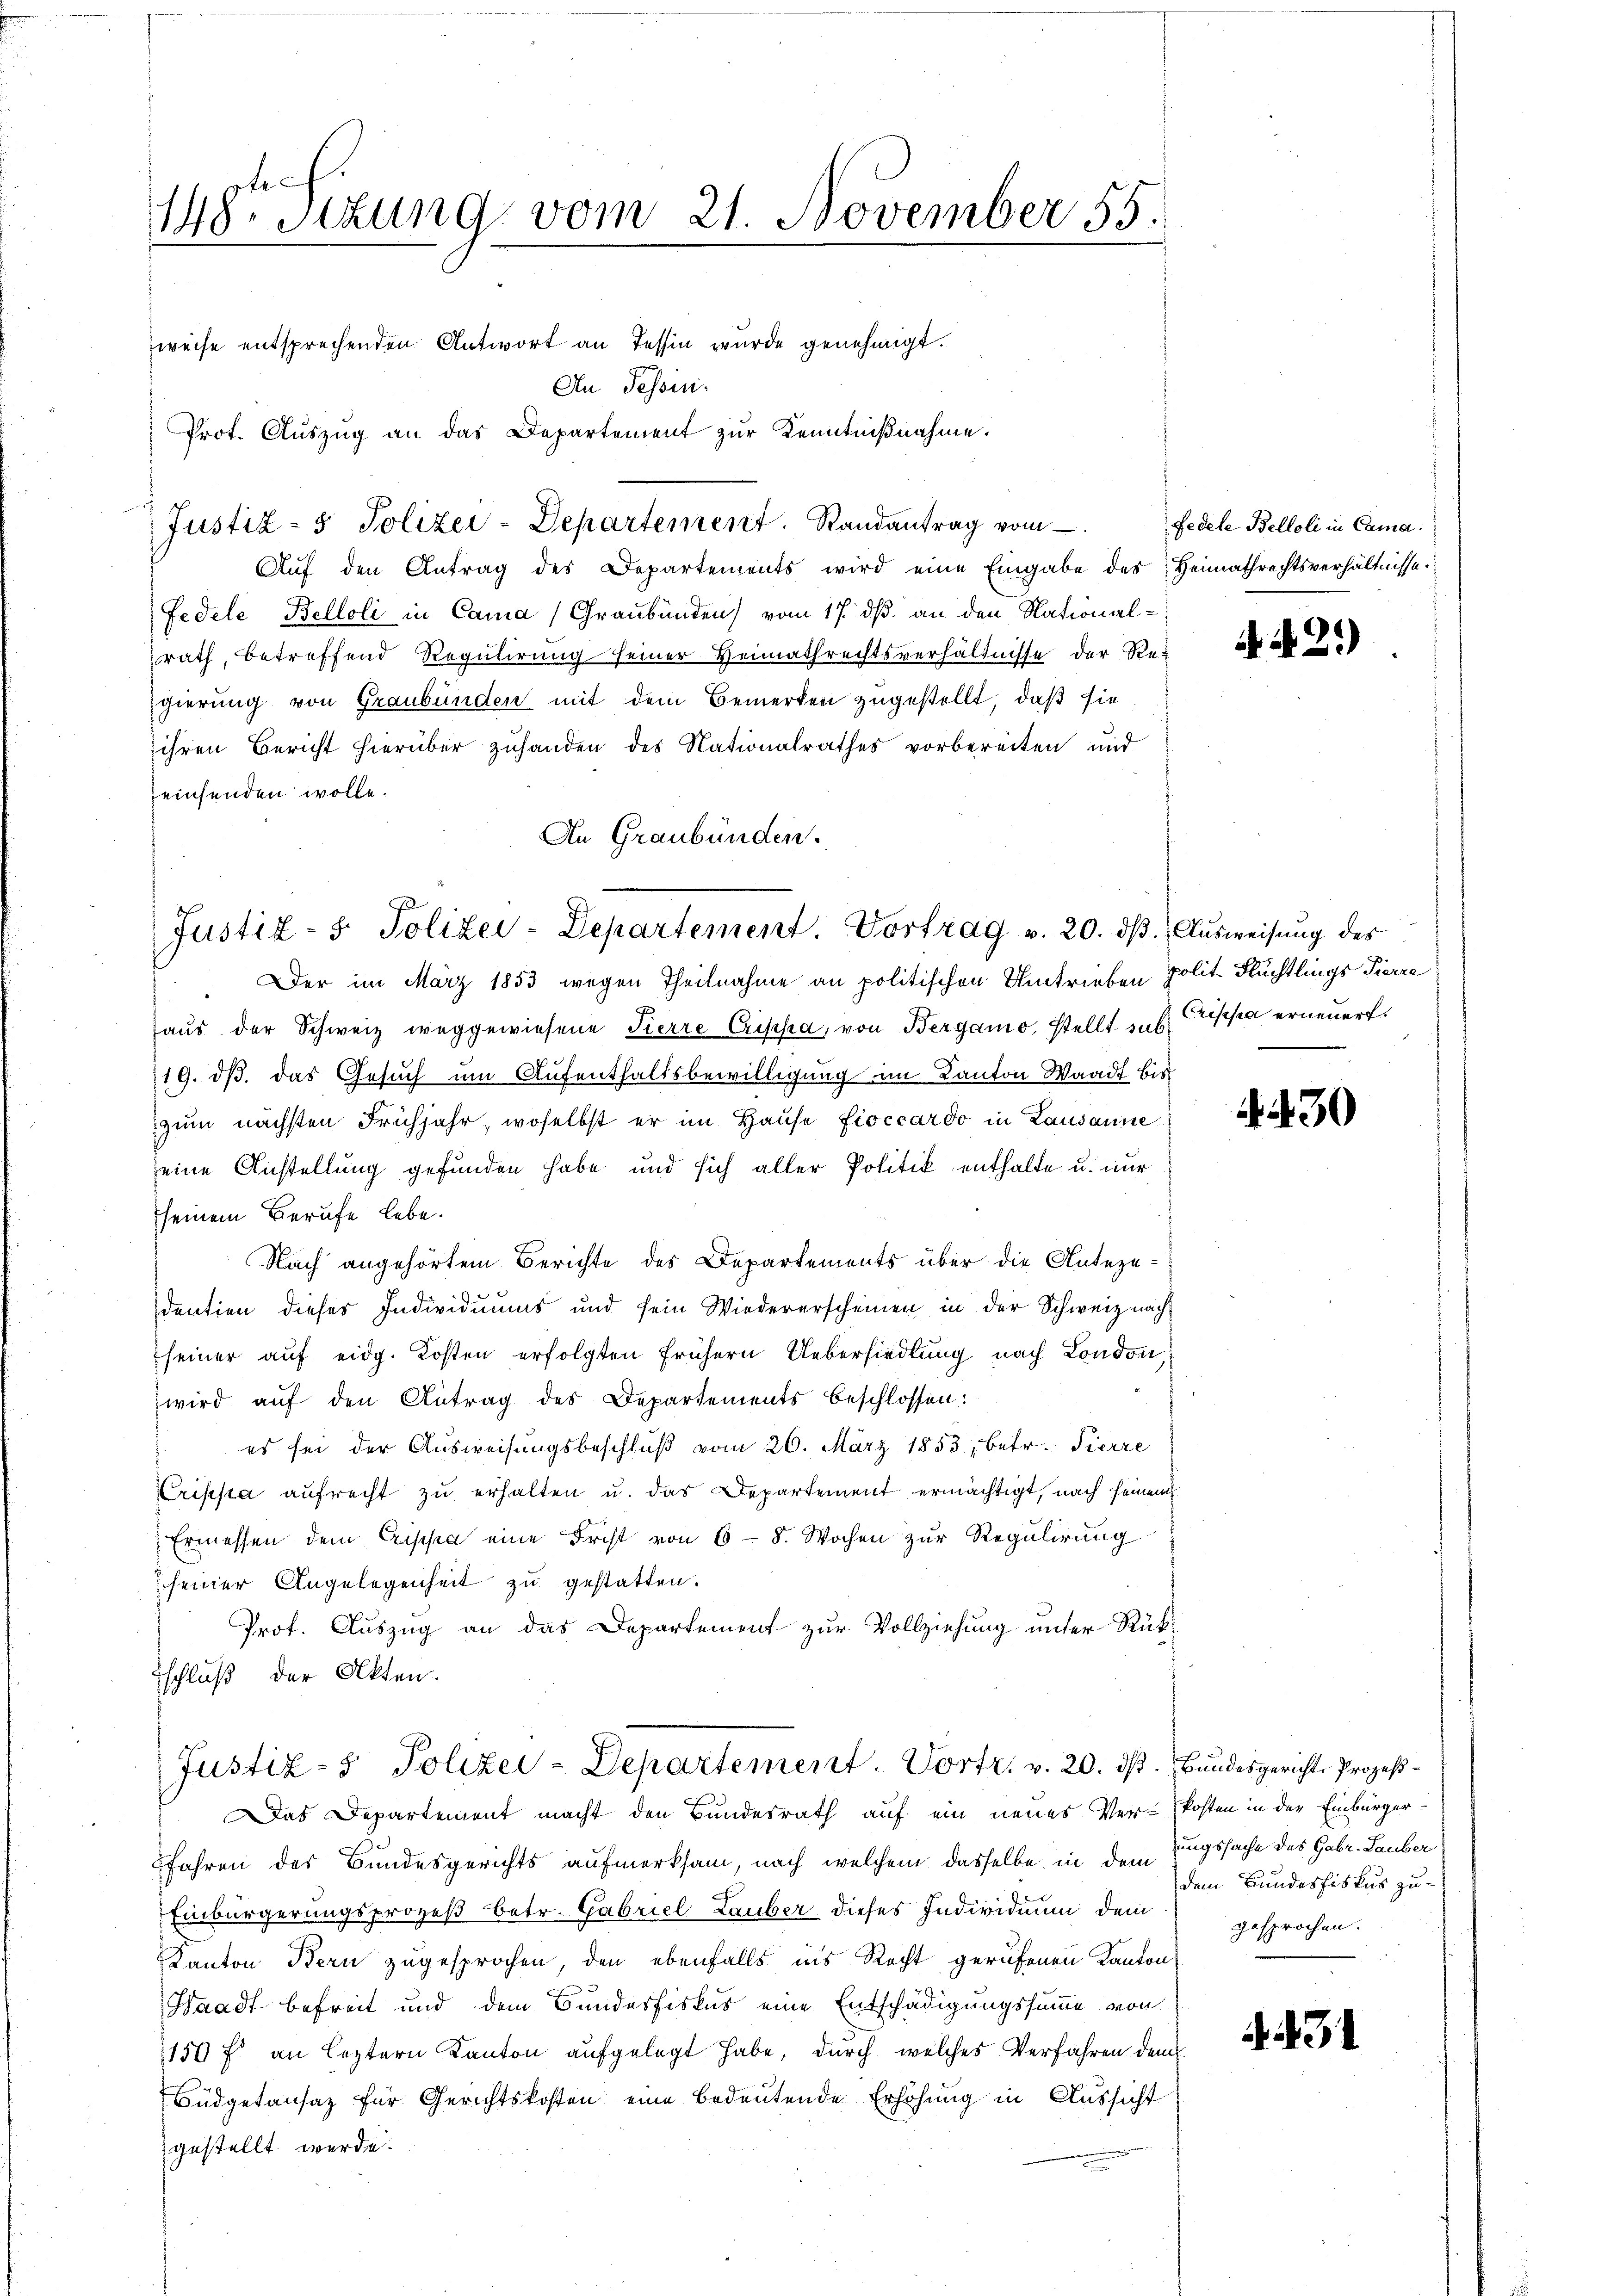
148ten Sizung vom 21. November 55.

weise entsprechenden Antwort an Tessin wurde genehmigt.
An Tessini.
Prot. Aŭszŭg an das Departement zŭr Kenntniβnahme.
Justiz- & Polizei-Departement. Randantrag vom
Aŭf den Antrag des Departements wird eine Eingabe des Heimathrechtsverhältnisse.
Fedele Belloli in Cama (Graubünden) vom 17. ds. an den Nationalrath, betreffend Regulirung seiner Heimathrechtsverhältnisse der Regierung von Graubünden mit dem Bemerken zugestellt, daß sie
ihren Bericht hierüber zuhanden des Nationalrathes vorbereiten und
einsenden wolle.
An Graubünden.
Der im März 1853 wegen Theilnahme an politischen Umtrieben polit. Flüchtlings Pierre
s
haŭs der Schweiz weggewiesene Tierre Criska, von Bergano, stellt u. s. Grippe erneuert.
19. dβ das Gesuch um Aufenthaltsbewilligung im Kanton Waadt bis
zum nächsten Frühjahr, woselbst er im Hause fioccardo in Lausanne
seine Anstellung gefunden habe und sich aller Politik enthalte u. nur
seinem Berufe lebe.
Nach angehörtem Berichte des Departements über die Anteze-
dentien dieses Individuums und sein Wiedererscheinen in der Schweiz nach-
seiner auf eidg. Kosten erfolgten frühern Uebersiedlung nach London
wird auf den Antrag des Departements beschlossen:
 es sei der Ausweisungsbeschlŭβ vom 26. März 1853, betr. Tierre
Cripepa aufrecht zu erhalten u. das Departement ermächtigt, nach seinem
Ermessen dem Crippa eine Frist von 6 - 8. Wochen zur Regulirung
seiner Angelegenheit zu gestatten.
Prot. Auszug an das Departement zur Vollziehung unter Rück-
schluß der Akten.
Justiz- & Polizei-Departement. Vortr. v. 20. dß. Bundesgerichts Prozeß¬
Das Departement macht den Bundesrath auf ein neues Ver-Posten in der Einbürger¬
Jahren des Bundesgerichts aufmerksam, nach welchem dasselbe in dem Zugssache des Gabr. Lauber
Einbürgerungsprozeß betr. Gabriel Lauber dieses Individium dem
Kanton Bern zugesprochen, den ebenfalls ins Recht gerufenen Kantons
Waadt befreit und dem Bundesfiskus eine Entschädigungssumme von
158 f. an leztern Kanton aufgelegt habe, durch welches Verfahren dem
Büdgetansaz für Gerichtskosten eine bedeutende Erhöhung in Aussicht
gestellt werde.

Justiz- & Polizei-Departement. Vortrag v. 20. dβ. Aŭsweisŭng des

fedele Belloli in Cama.

A.21)

430

dem Bundesfiskus zugesprochen.

431